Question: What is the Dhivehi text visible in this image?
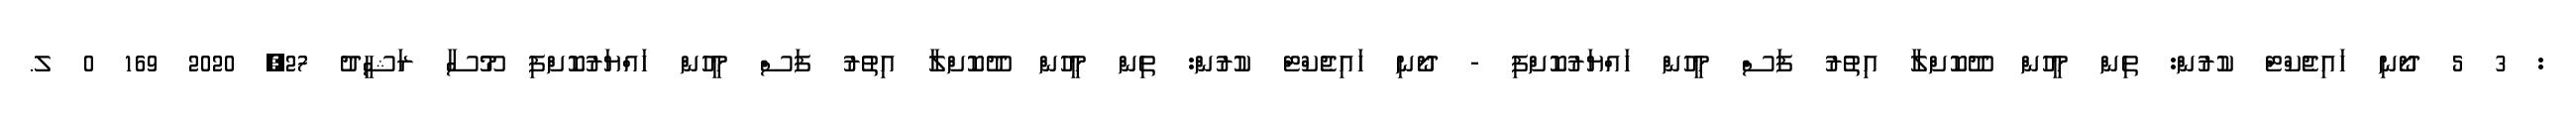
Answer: : 3 5 ދޯނި ހައިޖެކްޓް ކުރުން: ތިން މީހުން ދޫކޮށްލާ އިތުރު ފަސް މީހުން ހައްޔަރުކޮށްފި - ދޯނި ހައިޖެކްޓް ކުރުން: ތިން މީހުން ދޫކޮށްލާ އިތުރު ފަސް މީހުން ހައްޔަރުކޮށްފި މޫސާ ރަޝީދު 27, 2020 169 0 ލ.